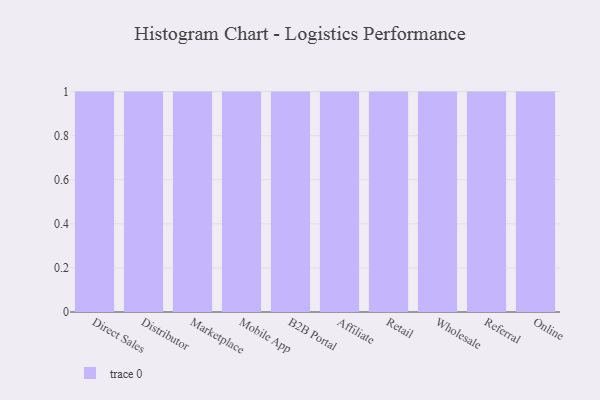
{"axis": {"x": "Channel", "y": "Inventory Turnover"}, "legend": [""], "data": [{"x": "Direct Sales", "y": 12, "type": ""}, {"x": "Distributor", "y": 51, "type": ""}, {"x": "Marketplace", "y": 55, "type": ""}, {"x": "Mobile App", "y": 14, "type": ""}, {"x": "B2B Portal", "y": 47, "type": ""}, {"x": "Affiliate", "y": 69, "type": ""}, {"x": "Retail", "y": 4, "type": ""}, {"x": "Wholesale", "y": 55, "type": ""}, {"x": "Referral", "y": 3, "type": ""}, {"x": "Online", "y": 77, "type": ""}]}